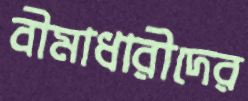
বীমাধারীদের